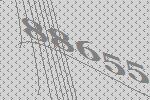
88655